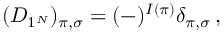
( D _ { 1 ^ { N } } ) _ { \pi , \sigma } = ( - ) ^ { I ( \pi ) } \delta _ { \pi , \sigma } \, ,